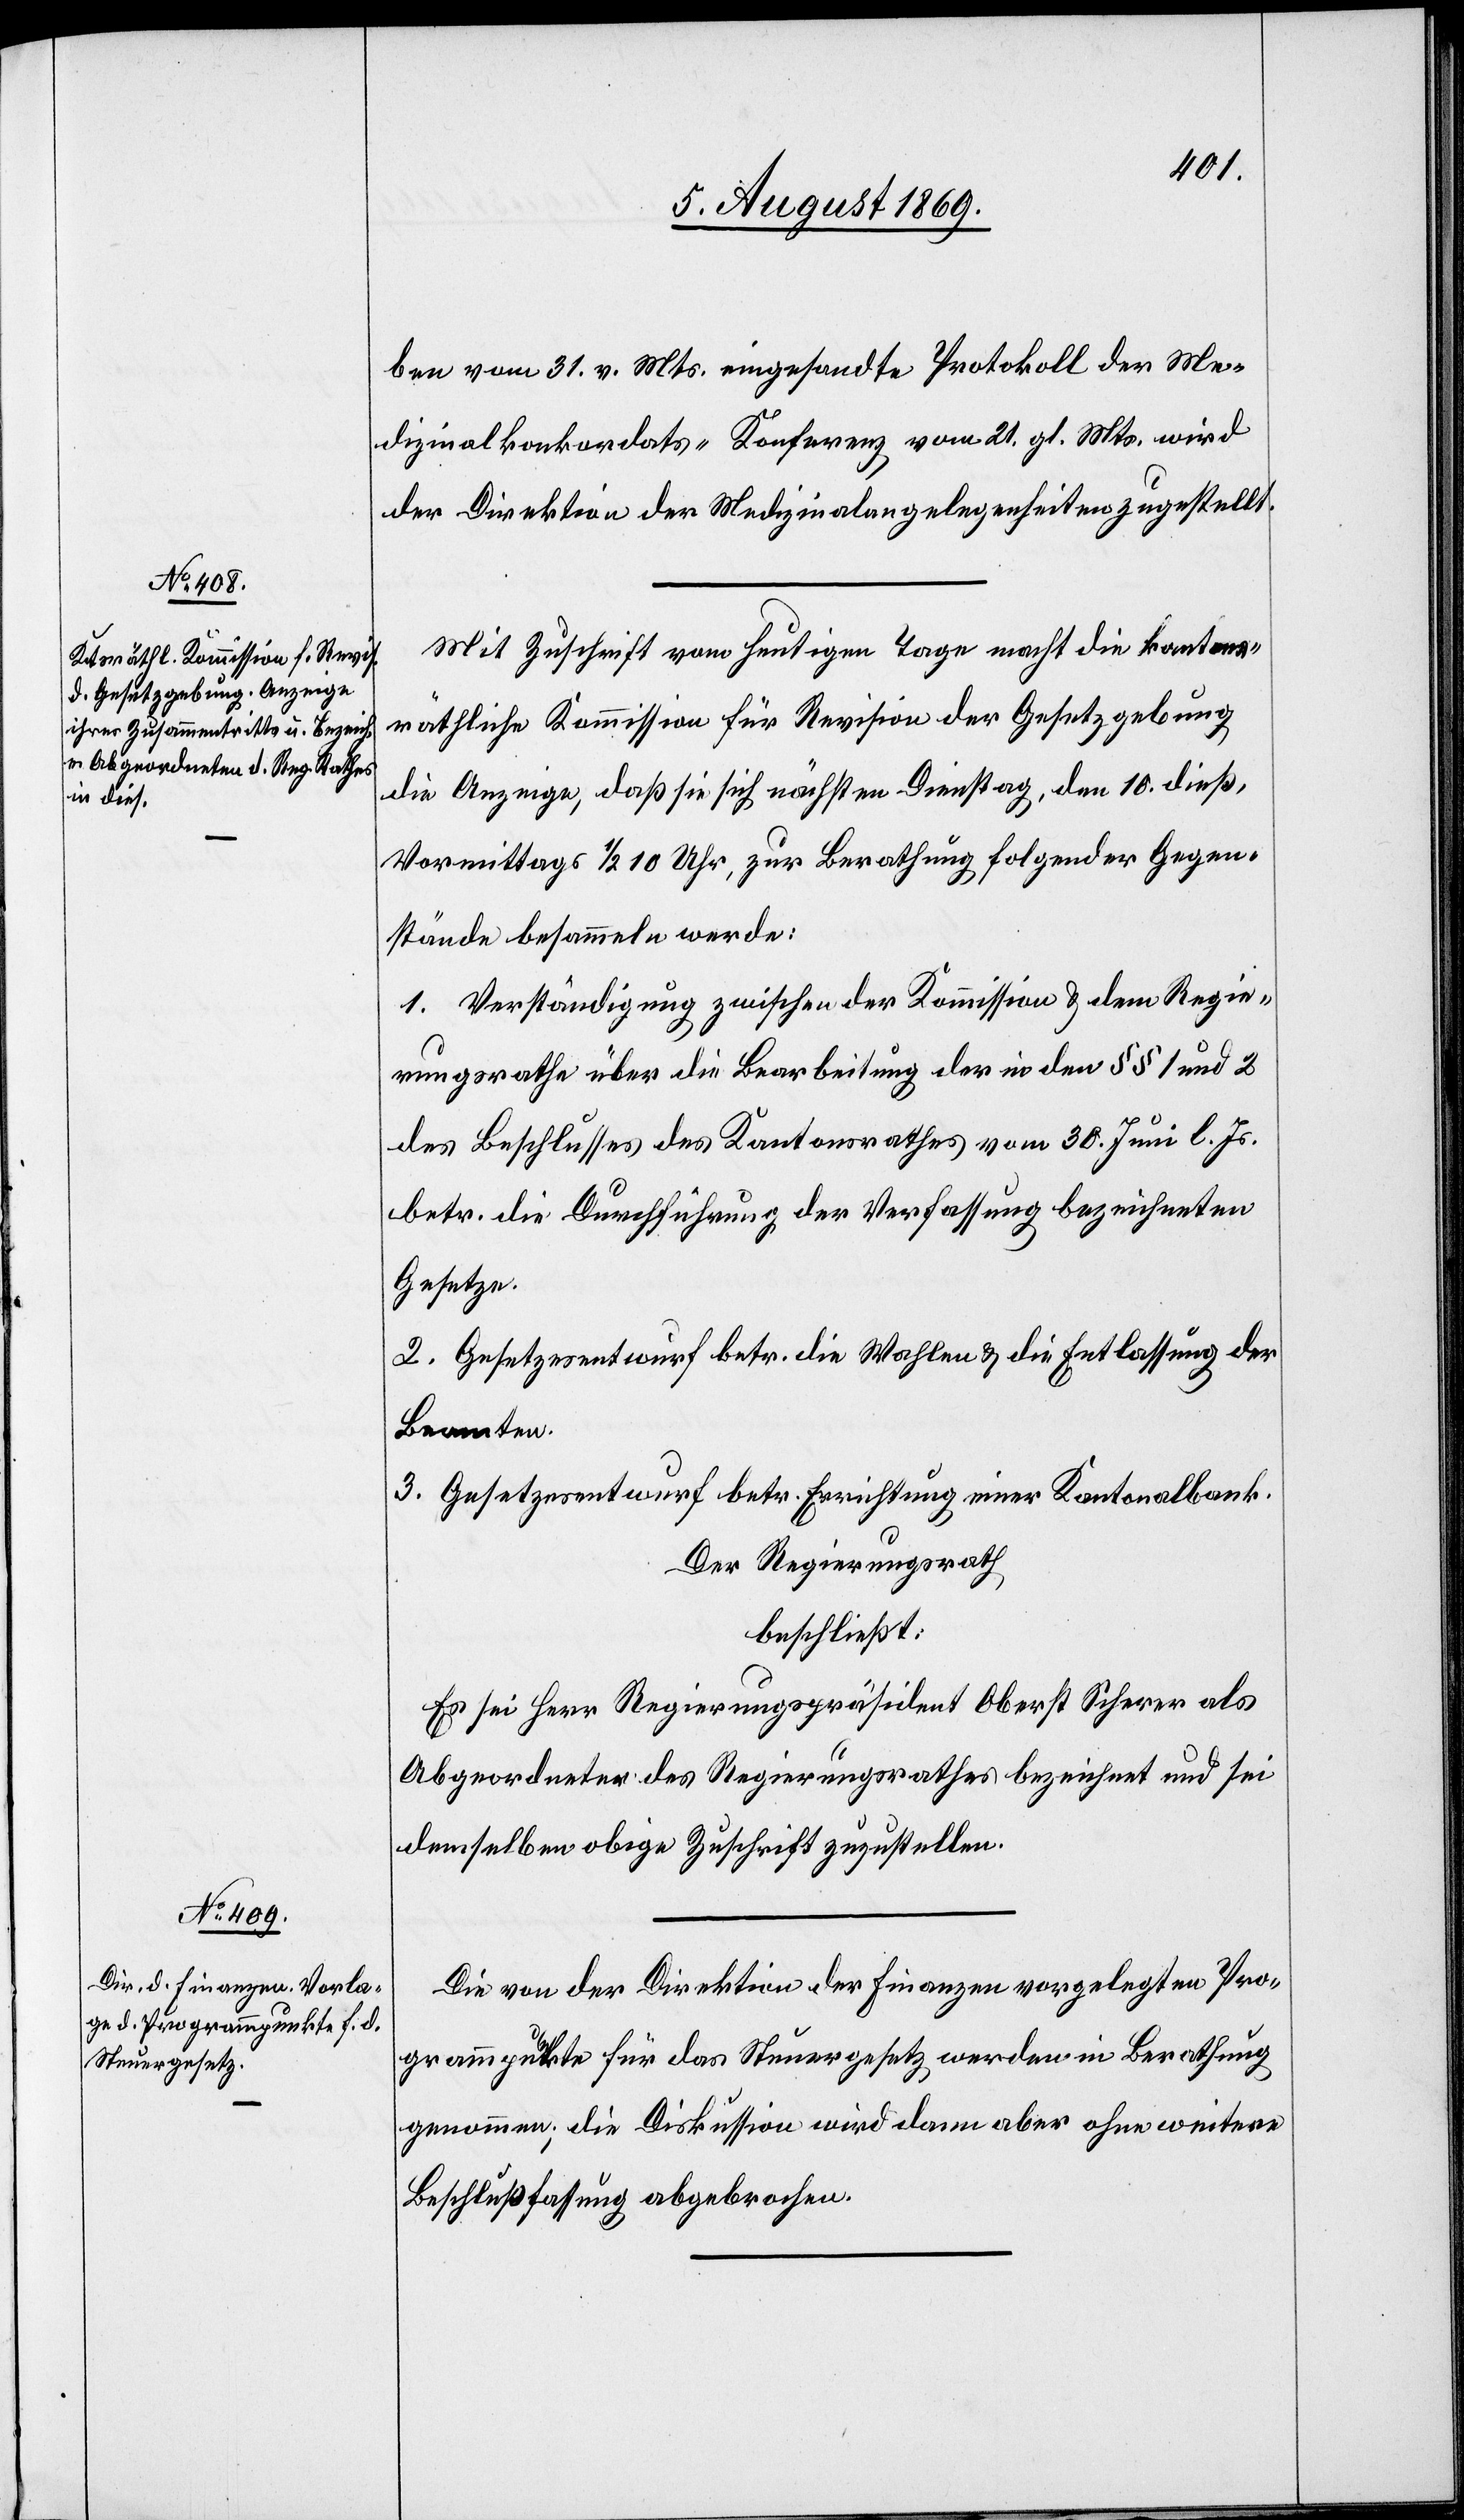
ben vom 31. v. Mts. eingesandte Protokoll der Me¬
dizinalkonkordats-Konferenz, vom 21. gl. Mts. wird
der Direktion der Medizinalangelegenheiten zugestellt.
Mit Zuschrift vom heutigen Tage macht die kantons¬
räthliche Kommission für Revision der Gesetzgebung
die Anzeige, daß sie sich nächsten Dienstag, den 10 dieß,
Vormittags 1/2 10 Uhr, zur Berathung folgender Gegen¬
stände besammeln werde:
1. Verständigung zwischen der Kommission & dem Regie¬
rungsrathe über die Bearbeitung der in den §§ 1 und 2
des Beschlusses des Kantonsrathes vom 30 Juni l. Js.
betr. die Durchführung der Verfassung bezeichneten
Gesetze.
2. Gesetzesentwurf betr. die Wahlen & die Entlassung der
Beamten.
3. Gesetzesentwurf betr. Errichtung einer Kantonalbank.
Der Regierungsrath,
beschließt:
Es sei Herr Regierungspräsident Oberst Scherer als
Abgeordneter des Regierungsrathes bezeichnet und sei
demselben obige Zuschrift zuzustellen.
Die von der Direktion der Finanzen vorgelegten Pro¬
grammpunkte für das Steuergesetz werden in Berathung
genommen, die Diskussion wird dann aber ohne weitere
Beschlußfassung abgebrochen.